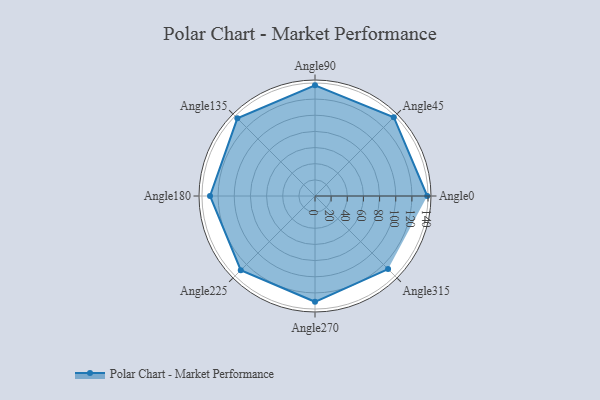
{"axis": {"x": "Angle", "y": "Radius"}, "legend": [""], "data": [{"x": "Angle0", "y": 139.0, "type": ""}, {"x": "Angle45", "y": 138.0, "type": ""}, {"x": "Angle90", "y": 137.0, "type": ""}, {"x": "Angle135", "y": 136.0, "type": ""}, {"x": "Angle180", "y": 130.0, "type": ""}, {"x": "Angle225", "y": 130.0, "type": ""}, {"x": "Angle270", "y": 131.0, "type": ""}, {"x": "Angle315", "y": 128.0, "type": ""}]}